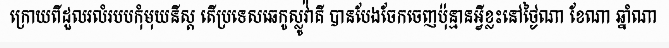
ក្រោយពីដួលរលំរបបកុំមុយនីស្ត តើប្រទេសឆេកូស្លូវ៉ាគី បានបែងចែកចេញប៉ុន្មានអ្វីខ្លះនៅថ្ងៃណា ខែណា ឆ្នាំណា